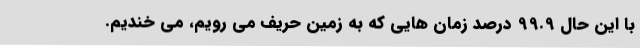
با این حال 99.9 درصد زمان هایی که به زمین حریف می رویم، می خندیم.